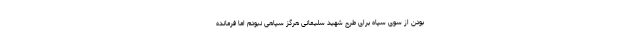
بودن از سوی سپاه برای طرح شهید سلیمانی هرگز سپاهی نبودم اما فرمانده